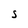
Character: S